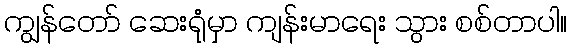
ကျွန်တော် ဆေးရုံမှာ ကျန်းမာရေး သွား စစ်တာပါ။